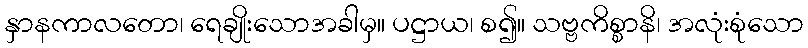
နှာနကာလတော၊ ရေချိုးသောအခါမှ။ ပဋ္ဌာယ၊ စ၍။ သဗ္ဗကိစ္စာနိ၊ အလုံးစုံသော